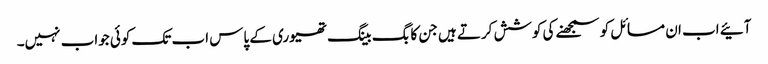
آئیے اب ان مسائل کو سمجھنے کی کوشش کرتے ہیں جن کا بگ بینگ تھیوری کے پاس اب تک کوئی جواب نہیں۔